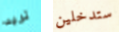
تريد ستدخلين